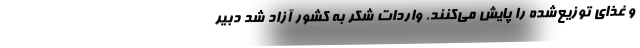
و غذای توزیع‌شده را پایش می‌کنند. واردات شکر به کشور آزاد شد دبیر